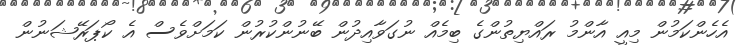
އެހެންކަމުން މިއީ އާންމު ރައްޔިތުންގެ ބިމެއް ނުގަވާއިދުން ބޭނުންކުރުން ކަމަށްވެސް އެ ކޯޕަރޭޝަނުން